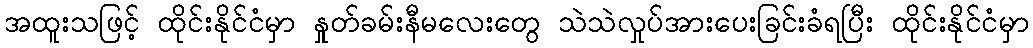
အထူးသဖြင့် ထိုင်းနိုင်ငံမှာ နှုတ်ခမ်းနီမလေးတွေ သဲသဲလှုပ်အားပေးခြင်းခံရပြီး ထိုင်းနိုင်ငံမှာ